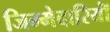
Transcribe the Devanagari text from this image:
जिम्मेदारियॉं